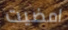
امضيت